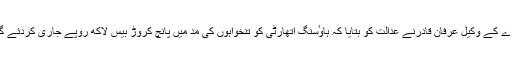
ڈی ایچ اے کے وکیل عرفان قادرنے عدالت کو بتایا کہ ہاوٴسنگ اتھارٹی کو تنخواہوں کی مد میں پانچ کروڑ بیس لاکھ روپے جاری کردئے گئے ہیں۔